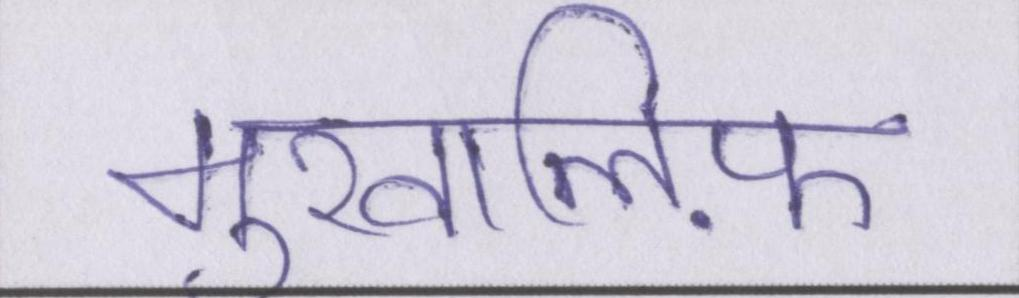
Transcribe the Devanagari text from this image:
मुखालिफ़